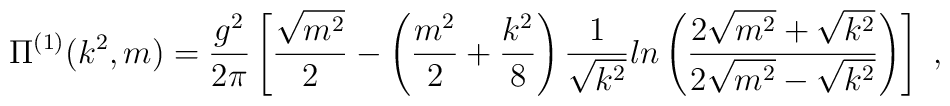
\Pi^{(1)}(k^2,m) =\frac{g^2}{2\pi}\left[\frac{\sqrt{m^2}}{2}-\left(\frac{m^2}{2}+\frac{k^2}{8}\right)\frac{1}{\sqrt{k^2}}ln\left(\frac{2\sqrt{m^2}+\sqrt{k^2}}{2\sqrt{m^2}-\sqrt{k^2}}\right)\right]\ ,